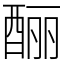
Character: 酾